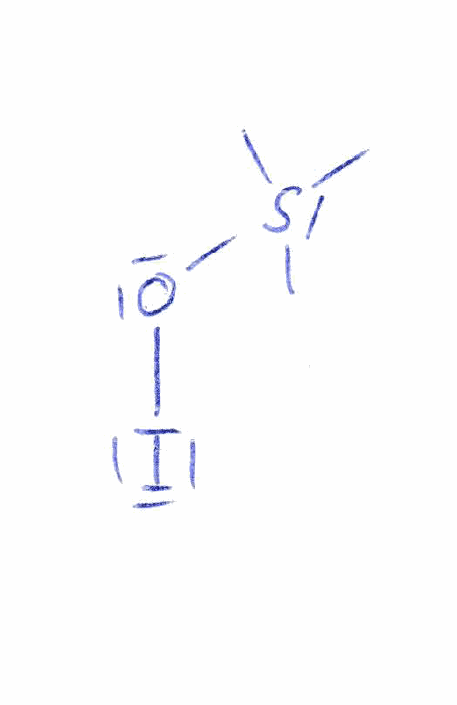
Simplified molecular-input line-entry system (SMILES) notation of the given molecule:
CS(C)(C)OI